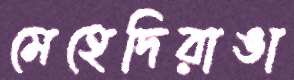
মেহেদিরাঙা